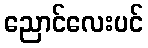
ညောင်လေးပင်